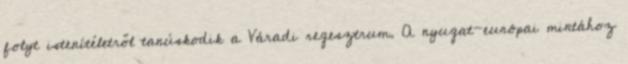
folyt istenítéletről tanúskodik a Váradi regesztrum. A nyugat-európai mintához